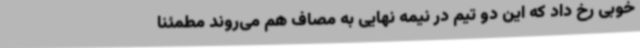
خوبی رخ داد که این دو تیم در نیمه نهایی به مصاف هم می‌روند مطمئنا